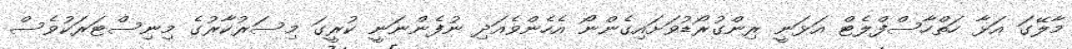
މާލޭގަ އަޅާ ހަތްހާސްފްލެޓް އަޅަނީ ރިންގުރޯޑުވަށައިގެންނޯ އެހެންވެއަދި ނުފެންނަނީ ކުރީގަ މިސަރުކާރުގެ މިނިސްޓަރަކުވެސް